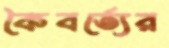
কৈবর্ত্যের